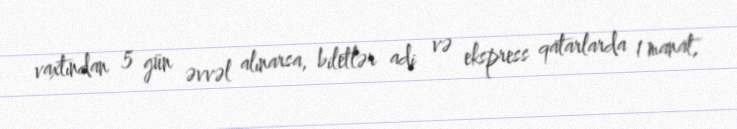
vaxtından 5 gün əvvəl alınarsa, biletlər adi və ekspress qatarlarda 1 manat,